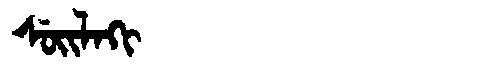
Manchu: ᠰᡠᡳᠯᠠᡴᡳ
Romanization: SUILAKI